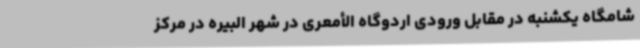
شامگاه یکشنبه در مقابل ورودی اردوگاه الأمعری در شهر البیره در مرکز